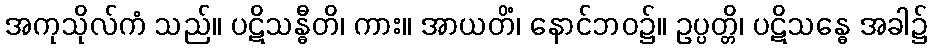
အကုသိုလ်ကံ သည်။ ပဋိသန္ဓီတိ၊ ကား။ အာယတိံ၊ နောင်ဘဝ၌။ ဥပ္ပတ္တိ၊ ပဋိသန္ဓေ အခါ၌